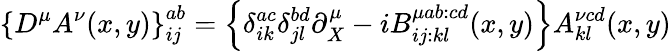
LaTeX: \left\{ D^{\mu}A^{\nu}(x,y)\right\} _{ij}^{ab}=\left\{ \delta_{ik}^{ac}\delta_{jl}^{bd}\partial_{X}^{\mu}-iB_{ij:kl}^{\mu ab:cd}(x,y)\right\} A_{kl}^{\nu cd}(x,y)